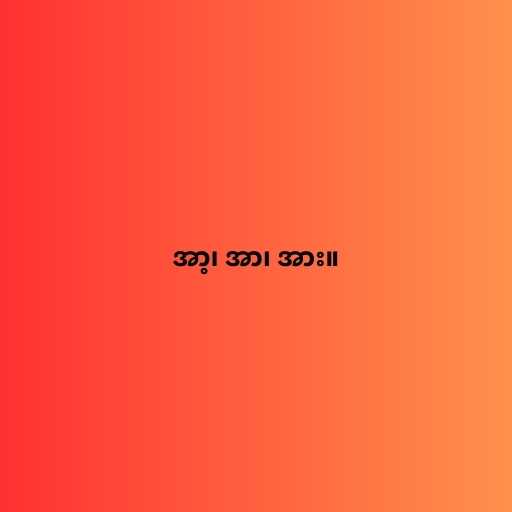
အာ့၊ အာ၊ အား။